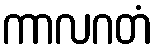
ကာလဂတံ